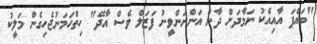
"ބައްޕަ އާއިއެކު ނަމާދަށް ދާން އަންނަންވީނު ފަޒަލް ވެސް އާދޭ" ހިތްހަމަނުޖެހިގެން މަލީކު